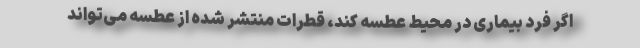
اگر فرد بیماری در محیط عطسه کند، قطرات منتشر شده از عطسه می‌تواند